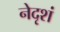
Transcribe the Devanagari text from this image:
नेदृशं